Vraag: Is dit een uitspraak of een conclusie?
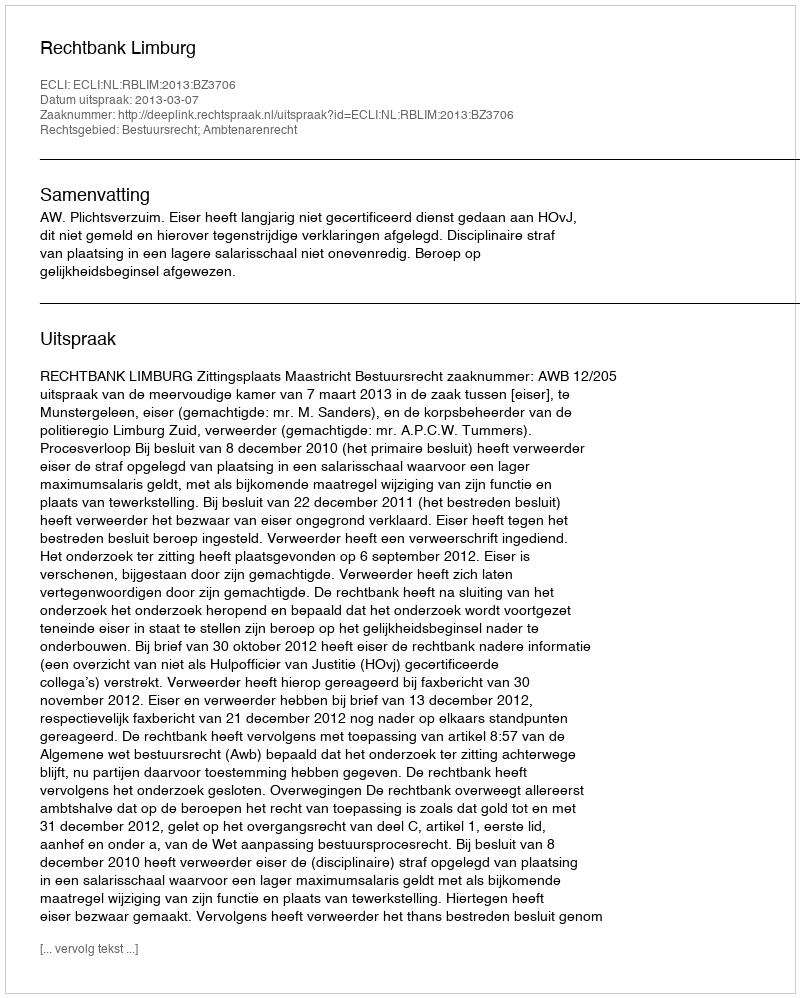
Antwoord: Uitspraak